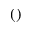
( )